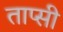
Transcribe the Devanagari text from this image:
ताप्सी